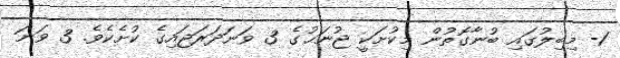
1- މިބިލުގައި ބުނާގޮތުން މިކުށަކީ ޖުނަޙުގެ 3 ވަނަދަރަޖައިގެ ކުށެކެވެ. 3 ވަނަ